Civil Veterinary Dept. Bombay admin report 1932-41 - 1932-1941
Year: 1932
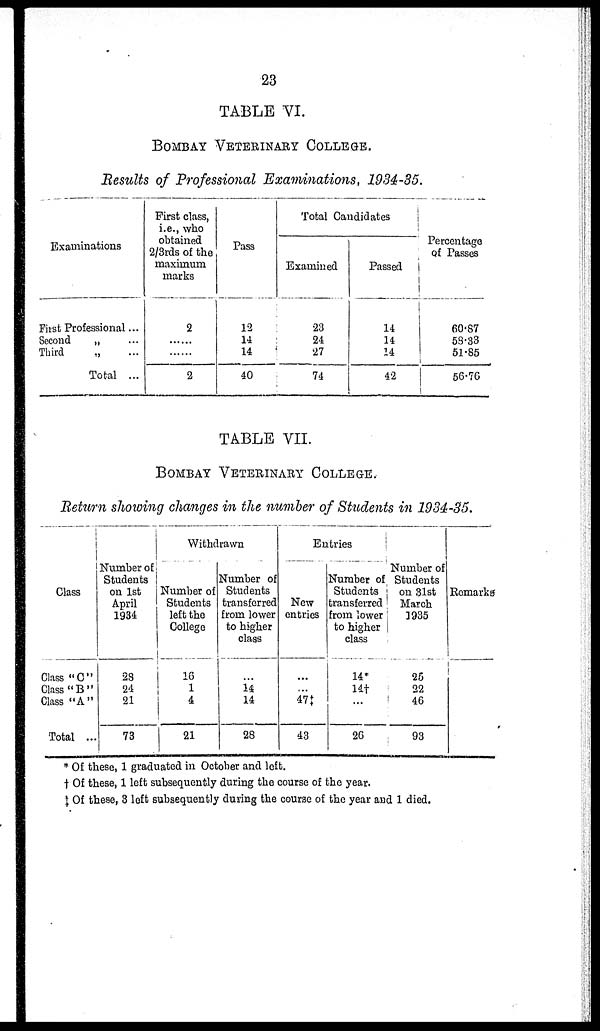
23
TABLE VI.
BOMBAY VETERINARY COLLEGE.
Results of Professional Examinations, 1934-35.
Examinations
First Professional...
Second
„ ...
Third
„ ...
Total ...
First class,
i.e., who
obtained
2/3rds of the
maximum
marks
2
......
......
2
Pass
12
14
14
40
Total Candidates
Examined
23
24
27
74
Passed
14
14
14
42
Percentage
of Passes
60.87
58.33
51.85
56.76
TABLE VII.
BOMBAY VETERINARY COLLEGE.
Return showing changes in the number of Students in 1934-35.
Class
Class "C"
Class "B"
Class "A"
Total ...
Number of
Students
on 1st
April
1934
28
24
21
73
Withdrawn
Number of
Students
left the
College
16
1
4
21
Number of
Students
transferred
from lower
to higher
class
...
14
14
28
Entries
New
entries
...
...
47‡
43
Number of
Students
transferred
from lower
to higher
class
14*
14‡
...
26
Number of
Students
on 31st
March
1935
25
22
46
93
Remarks
* Of these, 1 graduated in October and left.
† Of these, 1 left subsequently during the course of the year.
‡ Of these, 3 left subsequently during the course of the year and 1 died.